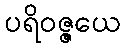
ပရိဝဇ္ဇယေ